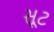
સૂટ